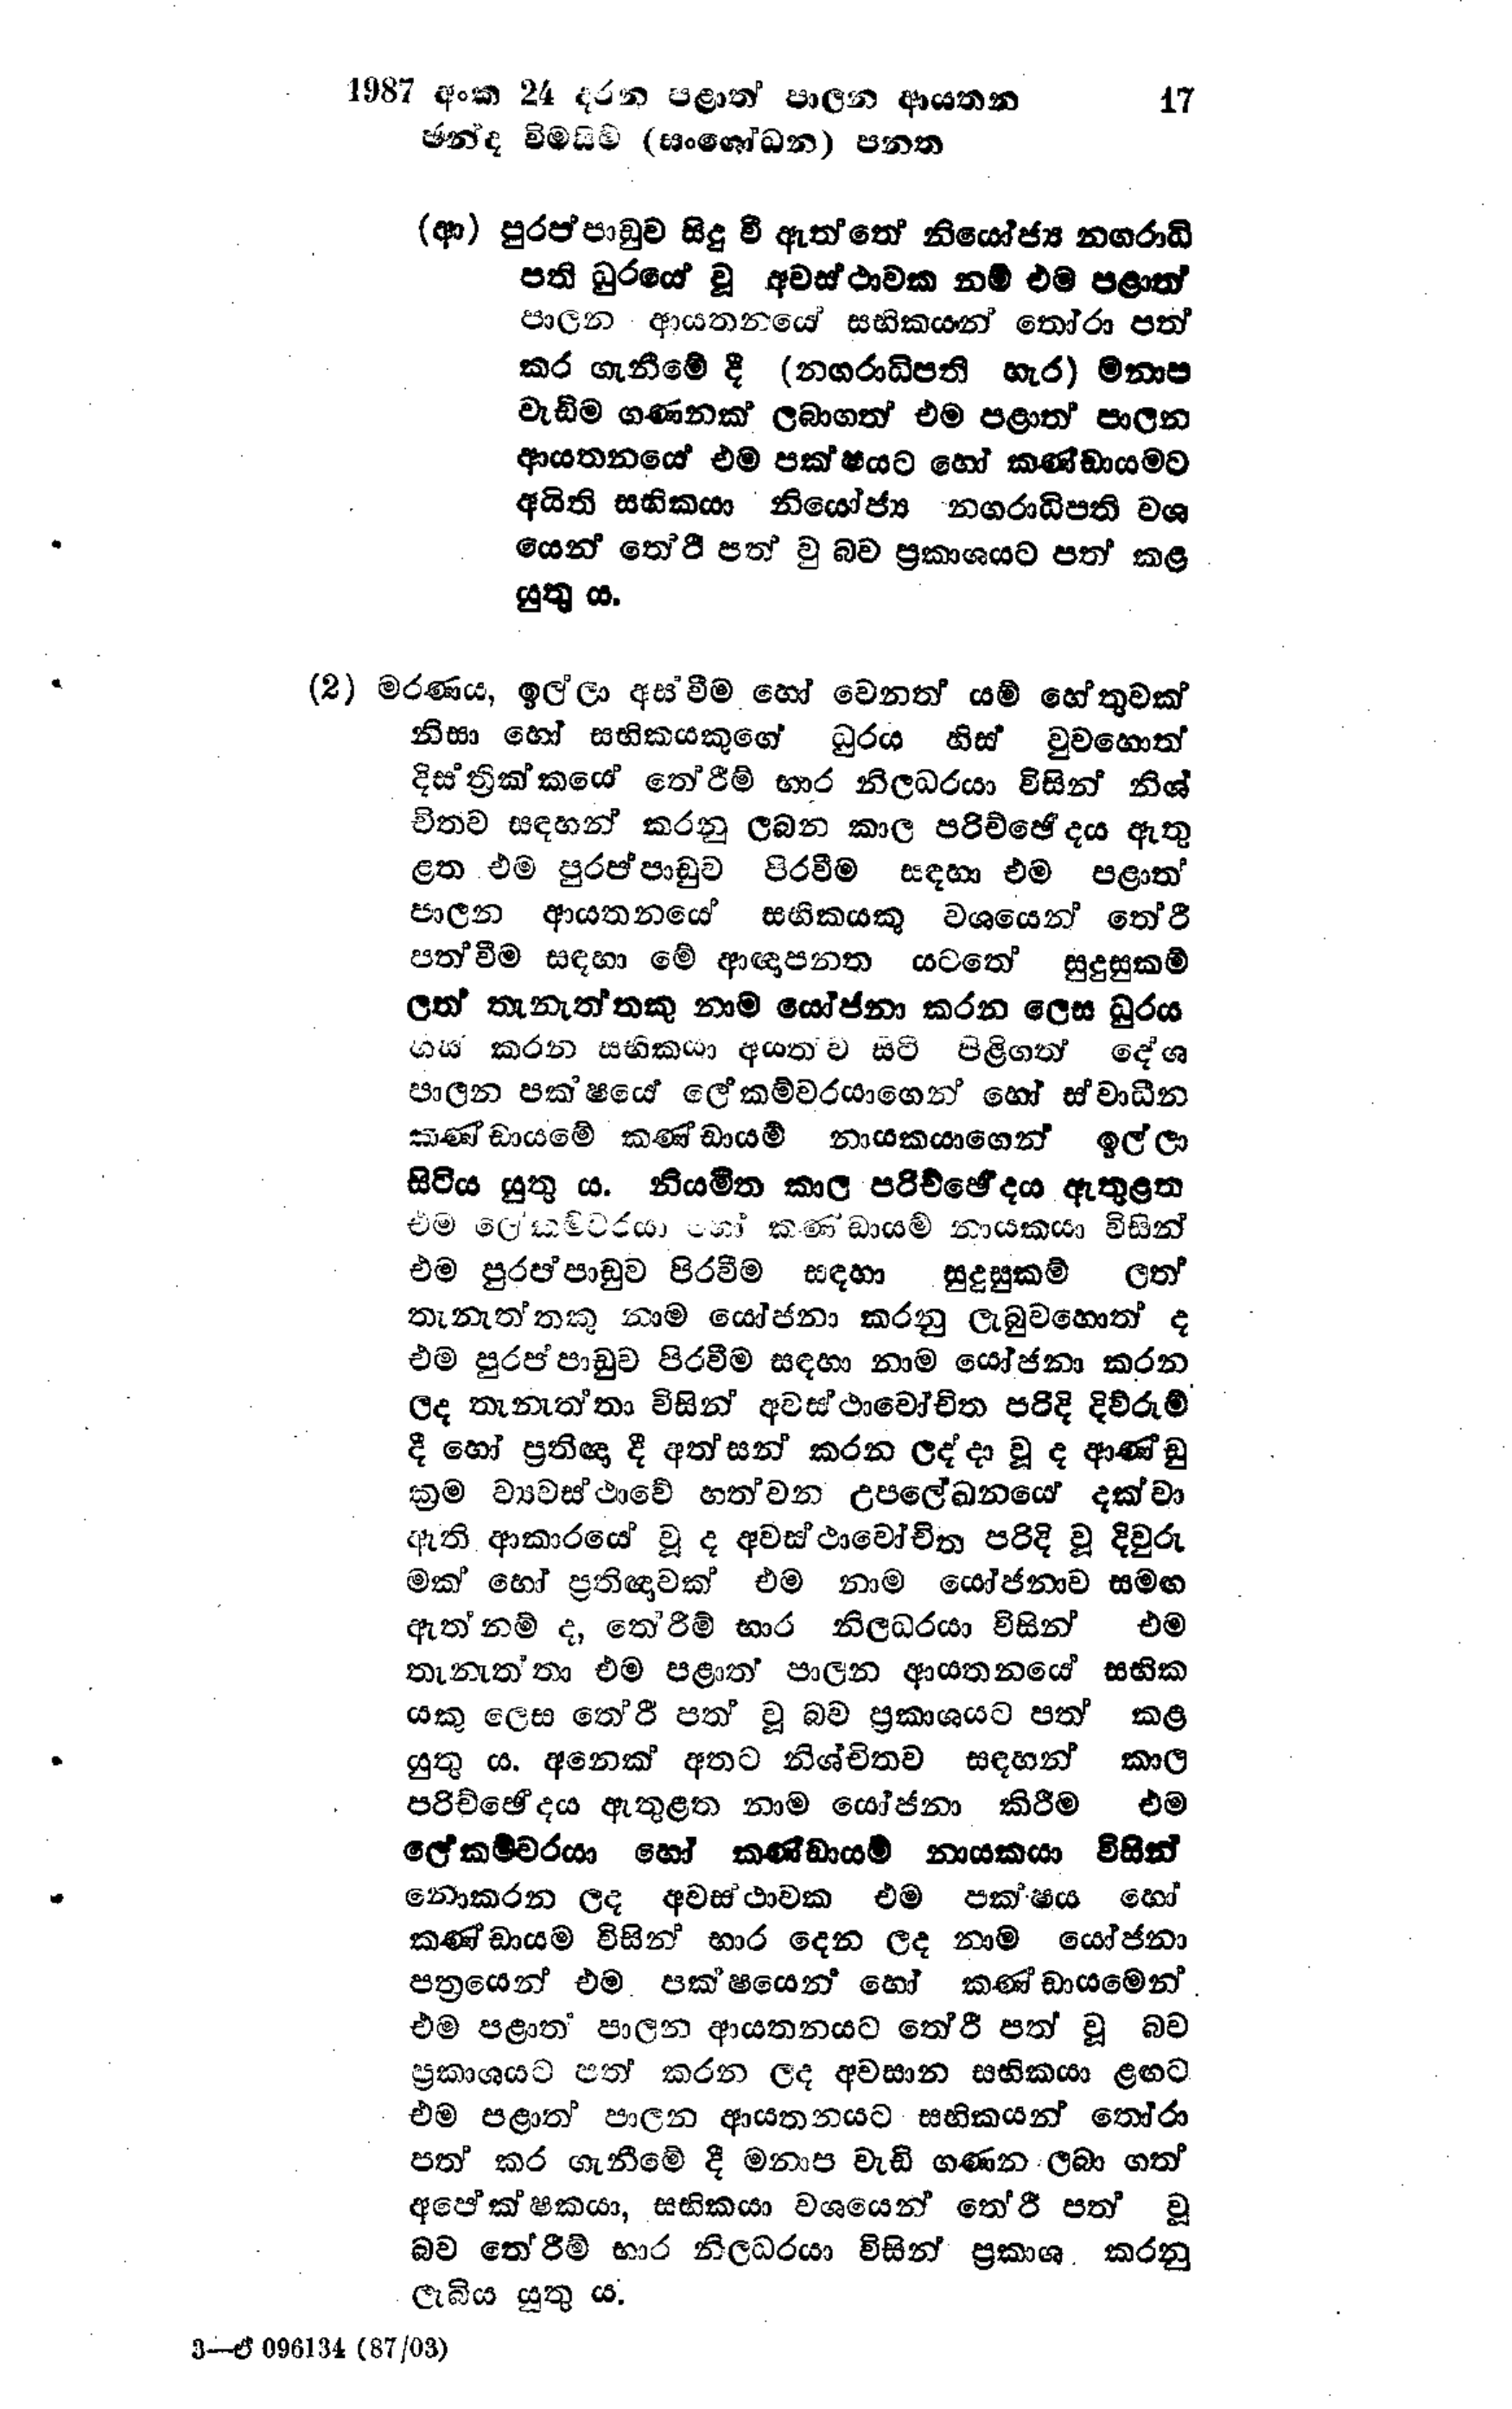
1987 අංක 24 දරන පළාත් පාලන ආයතන 17
ඡන්ද විමසිම් (සංශෝධන) පනත

(ආ) පුරප්පාඩුව සිදු වී ඇත්තේ නියෝජ්‍ය නගරාධි
පති ධුරයේ වූ අවස්ථාවක නම් එම පළාත්
පාලන ආයතනයේ සභිකයන් තෝරා පත්
කර ගැනීමේ දී (නගරාධිපති හැර) මනාප
වැඩිම ගණනක් ලබාගත් එම පළාත් පාලන
ආයතනයේ එම පක්ෂයට හෝ කණ්ඩායමට
අයිති සභිකයා නියෝජ්‍ය නගරාධිපති වශ
යෙන් තේරී පත් වු බව ප්‍රකාශයට පත් කළ
යුතු ය.

(2) මරණය, ඉල්ලා අස්වීම හෝ වෙනත් යම් හේතුවක්
නිසා හෝ සභිකයකුගේ ධුරය හිස් වුවහොත්
දිස්ත්‍රික්කයේ තේරීම් භාර නිලධරයා විසින් නිශ්
චිතව සඳහන් කරනු ලබන කාල පරිච්ඡේදය ඇතු
ළත එම පුරප්පාඩුව පිරවීම සඳහා එම පළාත්
පාලන ආයතනයේ සභිකයකු වශයෙන් තේරී
පත්වීම සඳහා මේ ආඥාපනත යටතේ සුදුසුකම්
ලත් තැනැත්තකු නාම යෝජනා කරන ලෙස ධුරය
හිස් කරන සභිකයා අයත්ව සිටි පිළිගත් දේශ
පාලන පක‍්ෂයේ ලේකම්වරයාගෙන් හෝ ස්වාධීන
කණ්ඩායමේ කණ්ඩායම් නායකයාගෙන් ඉල්ලා
සිටිය යුතුය. නියමිත කාල පරිච්ඡේදය ඇතුළත
එම ලේකම්වරයා හෝ කණ්ඩායම් නායකයා විසින්
එම පුරප්පාඩුව පිරවීම සඳහා සුදුසුකම් ලත්
තැනැත්තකු නාම යෝජනා කරනු ලැබුවහොත් ද
එම පුරප්පාඩුව පිරවීම සඳහා නාම යෝජනා කරන
ලද තැනැත්තා විසින් අවස්ථාවෝචිත පරිදි දිව්රුම්
දී හෝ ප්‍රතිඥා දී අත්සන් කරන ලද්දා වූ ද ආණ්ඩු
ක්‍රම ව්‍යවස්ථාවේ හත්වන උපලේඛනයේ දක්වා
ඇති ආකාරයේ වූ ද අවස්ථාවෝචිත පරිදි වූ දිවුරු
මක් හෝ ප්‍රතිඥාවක් එම නාම යෝජනාව සමඟ
ඇත්නම් ද, තේරීම් භාර නිලධරයා විසින් එම
තැනැත්තා එම පළාත් පාලන ආයතනයේ සභික
යකු ලෙස තේරී පත් වූ බව ප්‍රකාශයට පත් කළ
යුතු ය. අනෙක් අතට නිශ්චිතව සඳහන් කාල
පරිච්ඡේදය ඇතුළත නාම යෝජනා කිරීම එම
ලේකම්වරයා හෝ කණ්ඩායම් නායකයා විසින්
නොකරන ලද අවස්ථාවක එම පක්ෂය හෝ
කණ්ඩායම විසින් භාර දෙන ලද නාමයෝජනා
පත්‍රයෙන් එම පක්ෂයෙන් හෝ කණ්ඩායමෙන්
එම පළාත පාලන ආයතනයට තේරී පත් වූ බව
ප්‍රකාශයට පත් කරන ලද අවසාන සභිකයා ළඟට
එම පළාත් පාලන ආයතනයට සභිකයන් තෝරා
පත් කර ගැනීමේ දී මනාප වැඩි ගණන ලබා ගත්
අපේක්ෂකයා, සභිකයා වශයෙන් තේරීපත් වූ
බව තේරීම් භාර නිලධරයා විසින් ප්‍රකාශ කරනු
ලැබිය යුතු ය.

3- ඒ096134 (87/03)